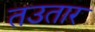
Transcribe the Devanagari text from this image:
तउतार